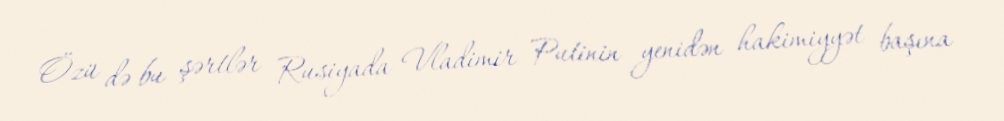
Özü də bu şərtlər Rusiyada Vladimir Putinin yenidən hakimiyyət başına